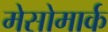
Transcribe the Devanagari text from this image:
मेसोमार्क